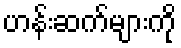
ဟန်းဆက်များကို